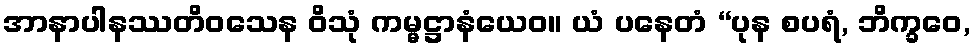
အာနာပါနဿတိဝသေန ဝိသုံ ကမ္မဋ္ဌာနံယေဝ။ ယံ ပနေတံ “ပုန စပရံ, ဘိက္ခဝေ,